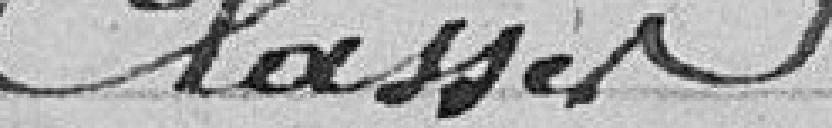
Classes